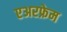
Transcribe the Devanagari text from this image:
एअरफ्रेम